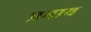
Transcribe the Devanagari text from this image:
प्रभाय